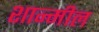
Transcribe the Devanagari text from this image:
शान्मील